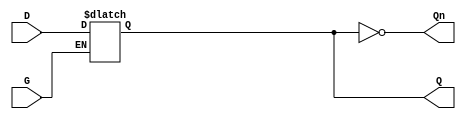
module gated_latch (
    input wire D,      // Data input
    input wire G,      // Enable signal
    output reg Q,      // Output
    output wire Qn     // Complement of Q
);

// Assign the complement of Q
assign Qn = ~Q;

// Always block to implement the latch behavior
always @(*) begin
    if (G) begin
        // When G is high, Q follows D
        Q = D;
    end
    // When G is low, Q retains its previous value
end

endmodule